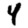
Digit: 4